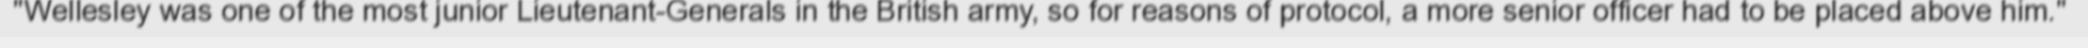
"Wellesley was one of the most junior Lieutenant-Generals in the British army, so for reasons of protocol, a more senior officer had to be placed above him."